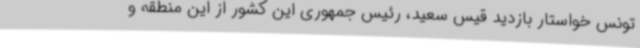
تونس خواستار بازدید قیس سعید، رئیس جمهوری این کشور از این منطقه و